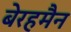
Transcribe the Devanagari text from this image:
बेरहमैन